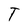
Character: T